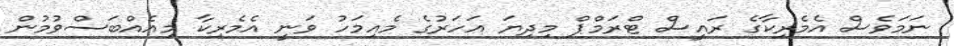
ނަމަވެސް އެމެރިކާގެ ރައީސް ޓްރަމްޕް މިދިޔަ އަހަރުގެ މެއިމަހު ވަނީ އެމެރިކާ މިއެއްބަސްވުމުން